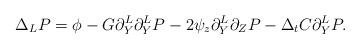
LaTeX: \begin{align*}\Delta_L P = \phi - G\partial_{Y}^L\partial_{Y}^LP - 2\psi_z \partial_Y^L \partial_Z P - \Delta_t C \partial_Y^L P. \end{align*}